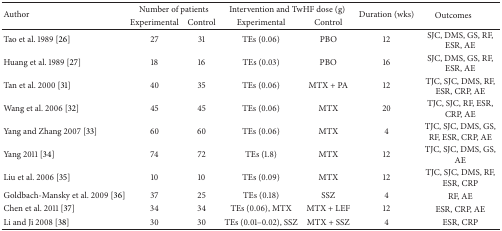
| <ROWSPAN=2> Author | <COLSPAN=2> Number of patients | <COLSPAN=2> Intervention and TwHF dose (g) | <ROWSPAN=2> Duration (wks) | <ROWSPAN=2> Outcomes |
 | Experimental | Control | Experimental | Control |
 | --- | --- | --- | --- | --- | --- | --- |
 | Tao et al. 1989 [26] | 27 | 31 | TEs (0.06) | PBO | 12 | SJC, DMS, GS, RF, ESR, AE |
 | Huang et al. 1989 [27] | 18 | 16 | TEs (0.03) | PBO | 16 | SJC, DMS, GS, RF, ESR, AE |
 | Tan et al. 2000 [31] | 40 | 35 | TEs (0.06) | MTX + PA | 12 | TJC, SJC, DMS, RF, ESR, CRP, AE |
 | Wang et al. 2006 [32] | 45 | 45 | TEs (0.06) | MTX | 20 | TJC, SJC, RF, ESR, CRP, AE |
 | Yang and Zhang 2007 [33] | 60 | 60 | TEs (0.06) | MTX | 4 | TJC, SJC, DMS, GS, RF, ESR, CRP, AE |
 | Yang 2011 [34] | 74 | 72 | TEs (1.8) | MTX | 12 | TJC, SJC, DMS, GS, AE |
 | Liu et al. 2006 [35] | 10 | 10 | TEs (0.09) | MTX | 12 | TJC, SJC, DMS, RF, ESR, CRP |
 | Goldbach-Mansky et al. 2009 [36] | 37 | 25 | TEs (0.18) | SSZ | 4 | RF, AE |
 | Chen et al. 2011 [37] | 34 | 34 | TEs (0.06), MTX | MTX + LEF | 12 | ESR, CRP, AE |
 | Li and Ji 2008 [38] | 30 | 30 | TEs (0.01–0.02), SSZ | MTX + SSZ | 4 | ESR, CRP |